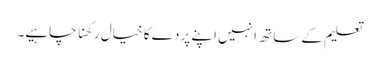
تعلیم کے ساتھ انہیں اپنے پردے کا خیال رکھنا چاہیے۔